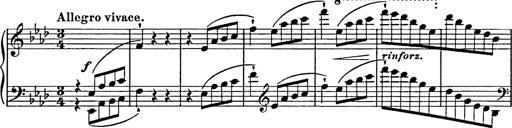
Title: Feuilles d'Album
Composer: Percy Godfrey